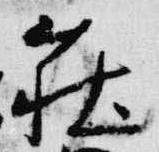
荘